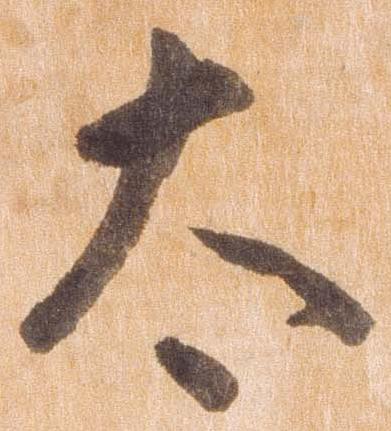
太